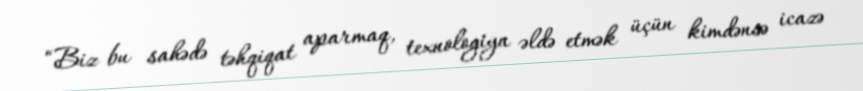
“Biz bu sahədə təhqiqat aparmaq, texnologiya əldə etmək üçün kimdənsə icazə